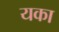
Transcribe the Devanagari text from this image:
यका